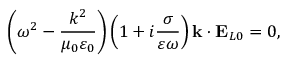
\left( \omega ^ { 2 } - \frac { k ^ { 2 } } { \mu _ { 0 } \varepsilon _ { 0 } } \right) \left( 1 + i \frac { \sigma } { \varepsilon \omega } \right) \mathbf { k } \cdot \mathbf { E } _ { L 0 } = 0 ,